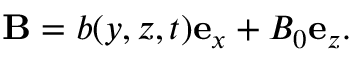
\mathbf { B } = b ( y , z , t ) \mathbf { e } _ { x } + B _ { 0 } \mathbf { e } _ { z } .